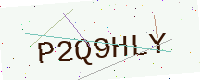
Text: P2Q9HLY